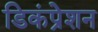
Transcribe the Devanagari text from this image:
डिकंप्रेशन